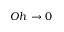
O h \rightarrow 0